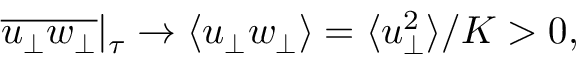
\overline { { u _ { \perp } w _ { \perp } } } \vert _ { \tau } \rightarrow \langle u _ { \perp } w _ { \perp } \rangle = \langle u _ { \perp } ^ { 2 } \rangle / K > 0 ,